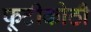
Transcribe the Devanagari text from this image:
फूटीकोठी